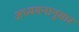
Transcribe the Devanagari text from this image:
अध्ययनानुसार